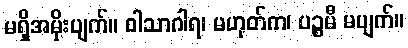
မရှိအမိုးပျက်။ ဝါသာဂါရ၊ မဟုတ်က၊ ပဉ္စမီ မပျက်။